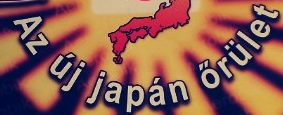
Az uj japan orulet